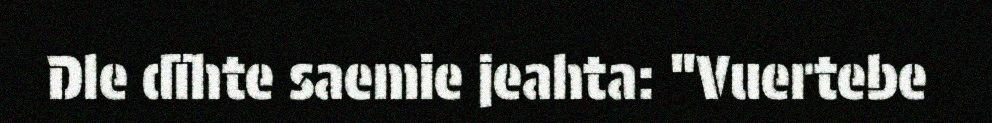
Dle dïhte saemie jeahta: "Vuertebe